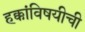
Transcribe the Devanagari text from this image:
हक्कांविषयीची